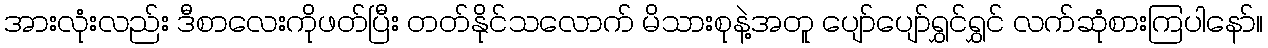
အားလုံးလည်း ဒီစာလေးကိုဖတ်ပြီး တတ်နိုင်သလောက် မိသားစုနဲ့အတူ ပျော်ပျော်ရွှင်ရွှင် လက်ဆုံစားကြပါနော်။